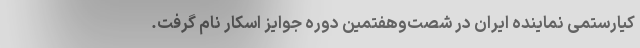
کیارستمی نماینده ایران در شصت‌وهفتمین دوره جوایز اسکار نام گرفت.